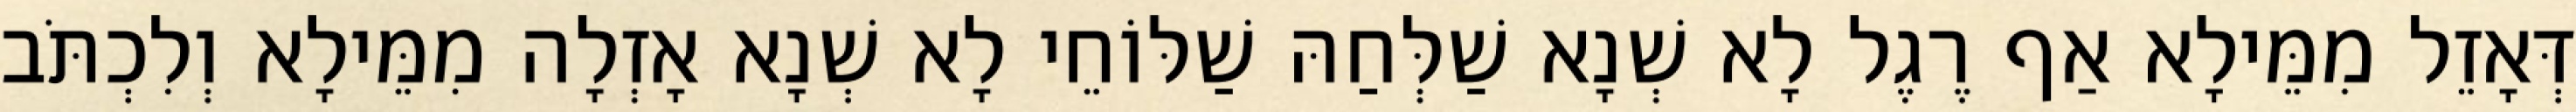
דְּאָזֵל מִמֵּילָא אַף רֶגֶל לָא שְׁנָא שַׁלְּחַהּ שַׁלּוֹחֵי לָא שְׁנָא אָזְלָה מִמֵּילָא וְלִכְתֹּב